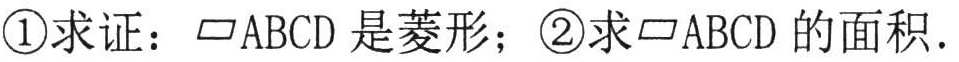
\textcircled{1}求证：\(\square ABCD\) 是菱形；\textcircled{2}求\(\square ABCD\) 的面积.